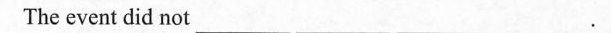
The event did not _______ ________ _______.